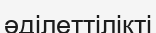
әділеттілікті